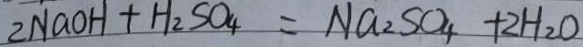
2 N a O H + H _ { 2 } S O _ { 4 } = N a _ { 2 } S O _ { 4 } + 2 H _ { 2 } O